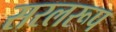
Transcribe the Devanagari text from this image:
सरलरूप